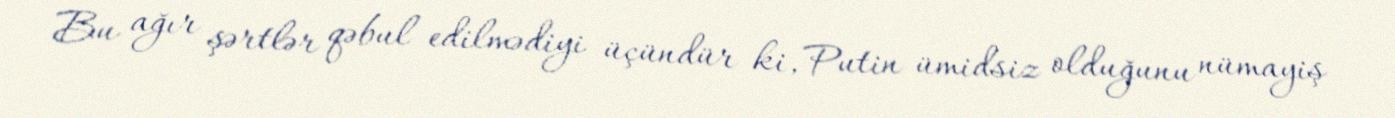
Bu ağır şərtlər qəbul edilmədiyi üçündür ki, Putin ümidsiz olduğunu nümayiş